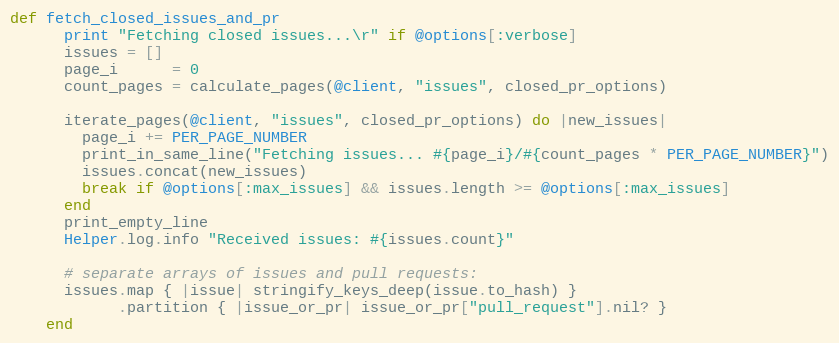
Language: Ruby
def fetch_closed_issues_and_pr
      print "Fetching closed issues...\r" if @options[:verbose]
      issues = []
      page_i      = 0
      count_pages = calculate_pages(@client, "issues", closed_pr_options)

      iterate_pages(@client, "issues", closed_pr_options) do |new_issues|
        page_i += PER_PAGE_NUMBER
        print_in_same_line("Fetching issues... #{page_i}/#{count_pages * PER_PAGE_NUMBER}")
        issues.concat(new_issues)
        break if @options[:max_issues] && issues.length >= @options[:max_issues]
      end
      print_empty_line
      Helper.log.info "Received issues: #{issues.count}"

      # separate arrays of issues and pull requests:
      issues.map { |issue| stringify_keys_deep(issue.to_hash) }
            .partition { |issue_or_pr| issue_or_pr["pull_request"].nil? }
    end